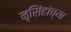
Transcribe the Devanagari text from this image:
नृसिंहांंच्या